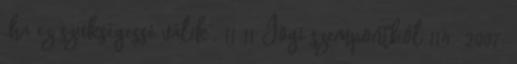
„ha ez szükségessé válik”. 11 11 Jogi szempontból 114 2007.